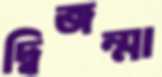
দ্বিজন্মা